Report on horse surra - Volume I
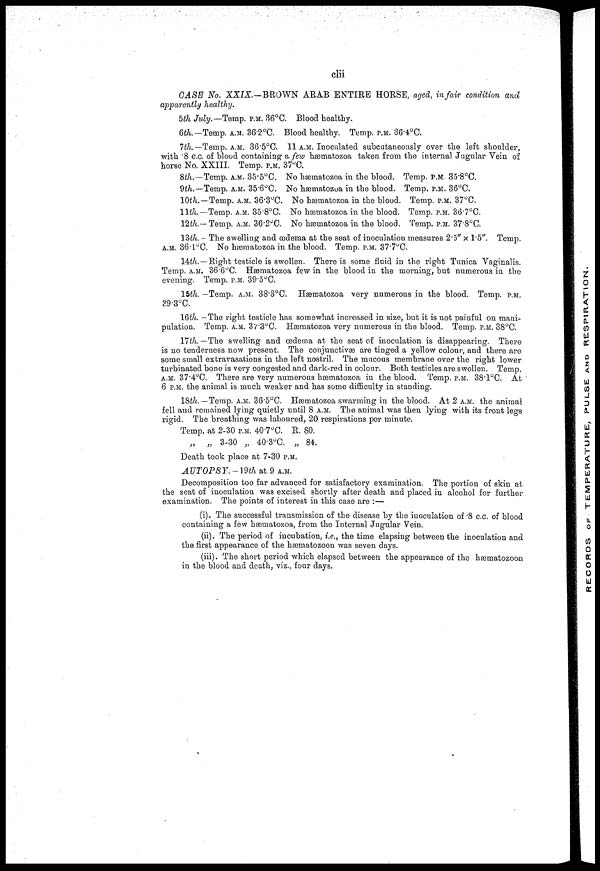
clii
CASE No. XXIX-BROWN ARAB ENTIRE HORSE, aged, in fair condition and
apparently healthy.
bill July.— Temp. P.M. 36°C. Blood healthy.
6th.—Temp. A.M. 36.2°C. Blood healthy. Temp. P.M. 36.4°C.
7th.— Temp. A.M. 36.5°C. 11 A.M. Inoculated subcutaneously over the left shoulder,
with .8 c.c. of blood containing a few hæmatozoa taken from the internal Jugular Vein of
horse No. XXIII. Temp. p.m. 37°C.
8th.— Temp. A.M. 35.5°0.
9th.—Temp. A.M. 35.6°C.
10th.—Temp. A.M. 36.3°C.
11th—Temp. A.M. 35.8°C.
12th.-Temp. A.M. 36.2 C.
No hæmatozoa in the blood.
No hæmatozoa in the blood.
No hæmatozoa in the blood.
No hæmatozoa in the blood.
No hæmatozoa in the blood.
Temp. P.M. 35.8°C.
Temp. P.M. 36°C.
Temp. P.M. 37°C.
Temp. P.M. 36.7°C.
Temp. P.M. 37.8°C.
I3th. — The swelling and oedema at the seat of inoculation measures 2.5" x 1.5". Temp.
a.m. 36.l°C. No hæmatozoa in the blood. Temp. p.m. 37.7°C.
14th. —Right testicle is swollen. There is some fluid in the right Tunica Vaginalis.
Temp. a.m. 36.6°C. Hæmatozoa few in the blood in the morning, but numerous in the
evening. Temp. p.m. 39.5°C.
15th. —Temp. a.m. 38,3°C. Hæmatozoa very numerous in the blood. Temp. p.m.
39.3°C.
16th. -The right testicle has somewhat increased in size, but it is not painful on mani-
pulation. Temp. a.m. 37.3°C. Hæmatozoa very numerous in the blood. Temp. P.M. 38°C.
17th.— The swelling and oedema at the seat of inoculation is disappearing. There
is no tenderness now present. The conjunctivae are tinged a yellow colour, and there are
some small extravasations in the left nostril. The mucous membrane over the right lower
turbinated bone is very congested and dark-red in colour. Both testicles are swollen. Temp.
a.m. 37.4°C. There are very numerous hæmatozoa in the blood. Temp. P.M. 38.1°C. At
6 P.M. the animal is much weaker and has some difficulty in standing.
18th.—Temp. A.M. 36.5°C. Hæmatozoa swarming in the blood. At 2 A.M.. the animal
fell and remained lying quietly until 8 A.M. The animal was then lying with its front legs
rigid. The breathing was laboured, 20 respirations per minute.
Temp, at 2-30 P.M. 40.7°C. R. 80.
„
„ 3-30 „ 40.3°C. „ 84.
Death took place at 7-30 P.M.
AUTOPSY.-19th at 9 A.M.
Decomposition too far advanced for satisfactory examination. The portion of skin at
the seat of inoculation was excised shortly after death and placed in alcohol for further
examination. The points of interest in this case are :—
(i). The successful transmission of the disease by the inoculation of .8 c.c. of blood
containing a few hæmatozoa, from the Internal Jugular Vein.
(ii). The period of incubation, i.e., the time elapsing between the inoculation and
the first appearance of the hæmatozoon was seven days.
(iii). The short period which elapsed between the appearance of the hæmatozoon
in the blood and death, viz., four days.